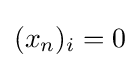
(x_{n})_{i}=0